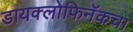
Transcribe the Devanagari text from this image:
डायक्लोफिनॅकचा